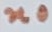
Text: n0